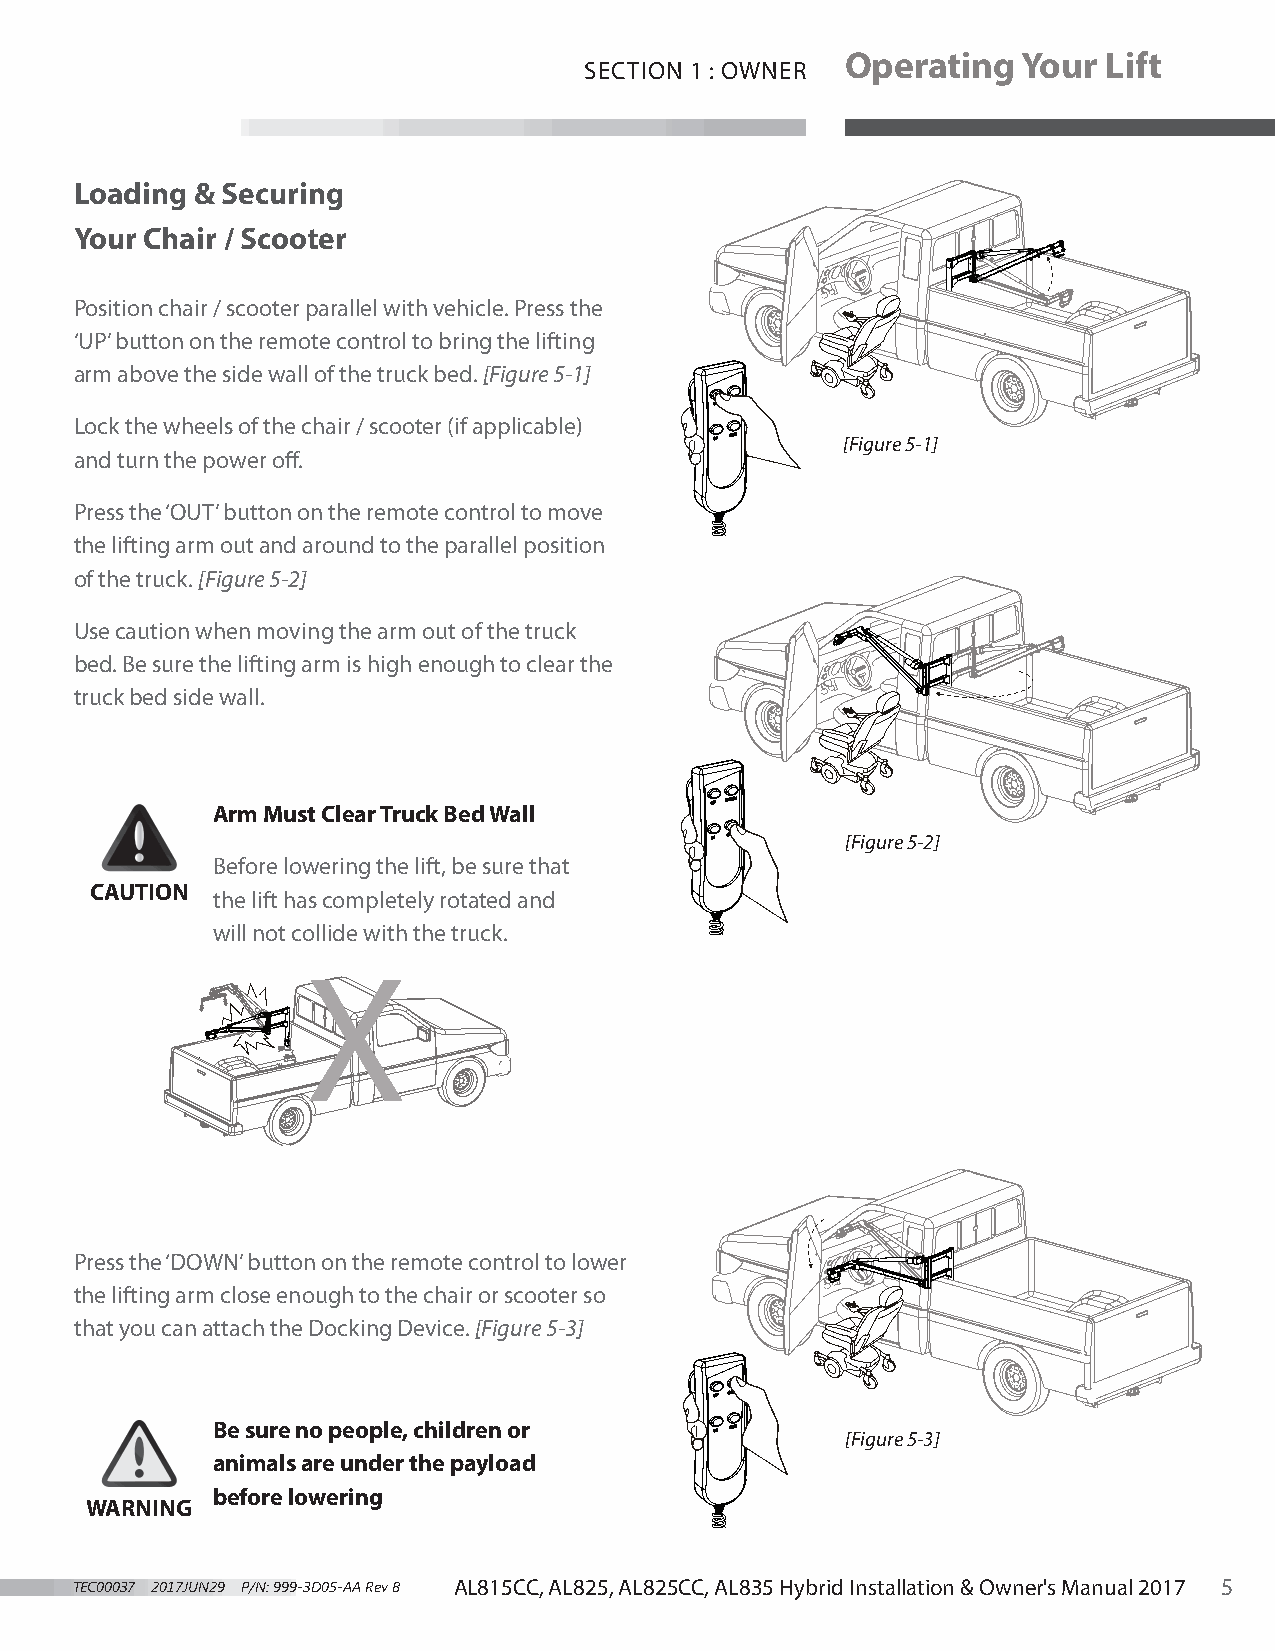
Operating   Your Lift
 SECTION 1 : OWNER
 Loading & Securing
 Your Chair / Scooter
 Position chair / scooter parallel with vehicle. Press the
 ‘UP’ button on the remote control to bring the lifting
 arm above the side wall of the truck bed. [Figure 5-1]
 Lock the wheels of the chair / scooter (if applicable)
 [Figure 5-1]
 and turn the power off.
 Press the ‘OUT’ button on the remote control to move
 the lifting arm out and around to the parallel position
 of the truck. [Figure 5-2]
 Use caution when moving the arm out of the truck
 bed. Be sure the lifting arm is high enough to clear the
 truck bed side wall.
 Arm Must Clear Truck Bed Wall
 [Figure 5-2]
 Before lowering the lift, be sure that
 CAUTION
 the lift has completely rotated and
 will not collide with the truck.
 Press the ‘DOWN’ button on the remote control to lower
 the lifting arm close enough to the chair or scooter so
 that you can attach the Docking Device. [Figure 5-3]
 Be sure no people, children or
 [Figure 5-3]
 animals are under the payload
 before lowering
 WARNING
 TEC00037 2017JUN29 P/N: 999-3D05-AA Rev B AL815CC, AL825, AL825CC, AL835 Hybrid Installation & Owner's Manual 2017 5